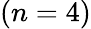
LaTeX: (n=4)